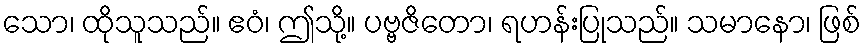
သော၊ ထိုသူသည်။ ဧဝံ၊ ဤသို့။ ပဗ္ဗဇိတော၊ ရဟန်းပြုသည်။ သမာနော၊ ဖြစ်